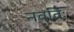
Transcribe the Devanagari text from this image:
नवतिः